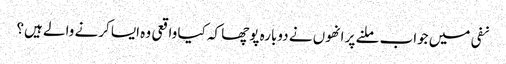
نفی میں جواب ملنے پر انھوں نے دوبارہ پوچھا کہ کیا واقعی وہ ایسا کرنے والے ہیں؟